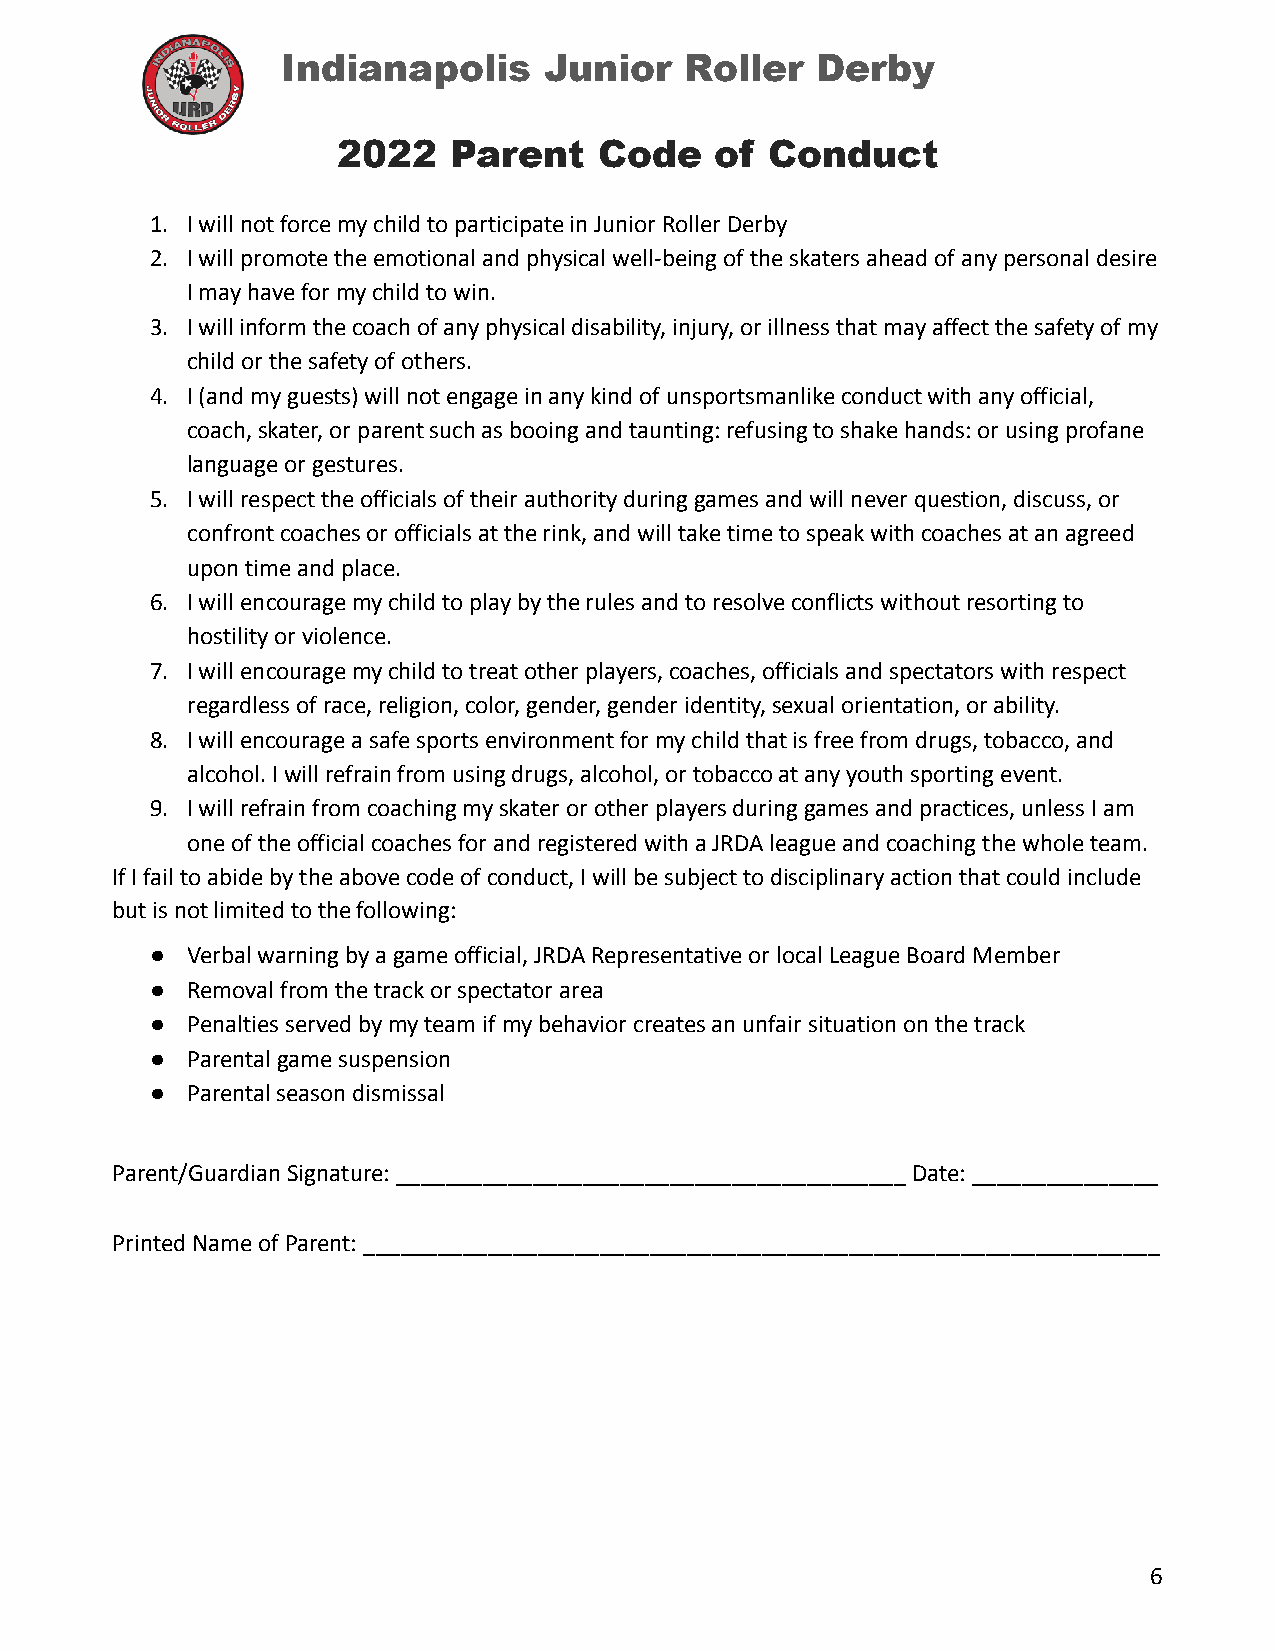
Indianapolis     Junior   Roller   Derby
 2022    Parent    Code   of  Conduct
 1. I will not force my child to participate in Junior Roller Derby
 2. I will promote the emotional and physical well-being of the skaters ahead of any personal desire
 I may have for my child to win.
 3. I will inform the coach of any physical disability, injury, or illness that may affect the safety of my
 child or the safety of others.
 4. I (and my guests) will not engage in any kind of unsportsmanlike conduct with any official,
 coach, skater, or parent such as booing and taunting: refusing to shake hands: or using profane
 language or gestures.
 5. I will respect the officials of their authority during games and will never question, discuss, or
 confront coaches or officials at the rink, and will take time to speak with coaches at an agreed
 upon time and place.
 6. I will encourage my child to play by the rules and to resolve conflicts without resorting to
 hostility or violence.
 7. I will encourage my child to treat other players, coaches, officials and spectators with respect
 regardless of race, religion, color, gender, gender identity, sexual orientation, or ability.
 8. I will encourage a safe sports environment for my child that is free from drugs, tobacco, and
 alcohol. I will refrain from using drugs, alcohol, or tobacco at any youth sporting event.
 9. I will refrain from coaching my skater or other players during games and practices, unless I am
 one of the official coaches for and registered with a JRDA league and coaching the whole team.
 If I fail to abide by the above code of conduct, I will be subject to disciplinary action that could include
 but is not limited to the following:
 ● Verbal warning by a game official, JRDA Representative or local League Board Member
 ● Removal from the track or spectator area
 ● Penalties served by my team if my behavior creates an unfair situation on the track
 ● Parental game suspension
 ● Parental season dismissal
 Parent/Guardian Signature: _________________________________________ Date: _______________
 Printed Name of Parent: ________________________________________________________________
 6